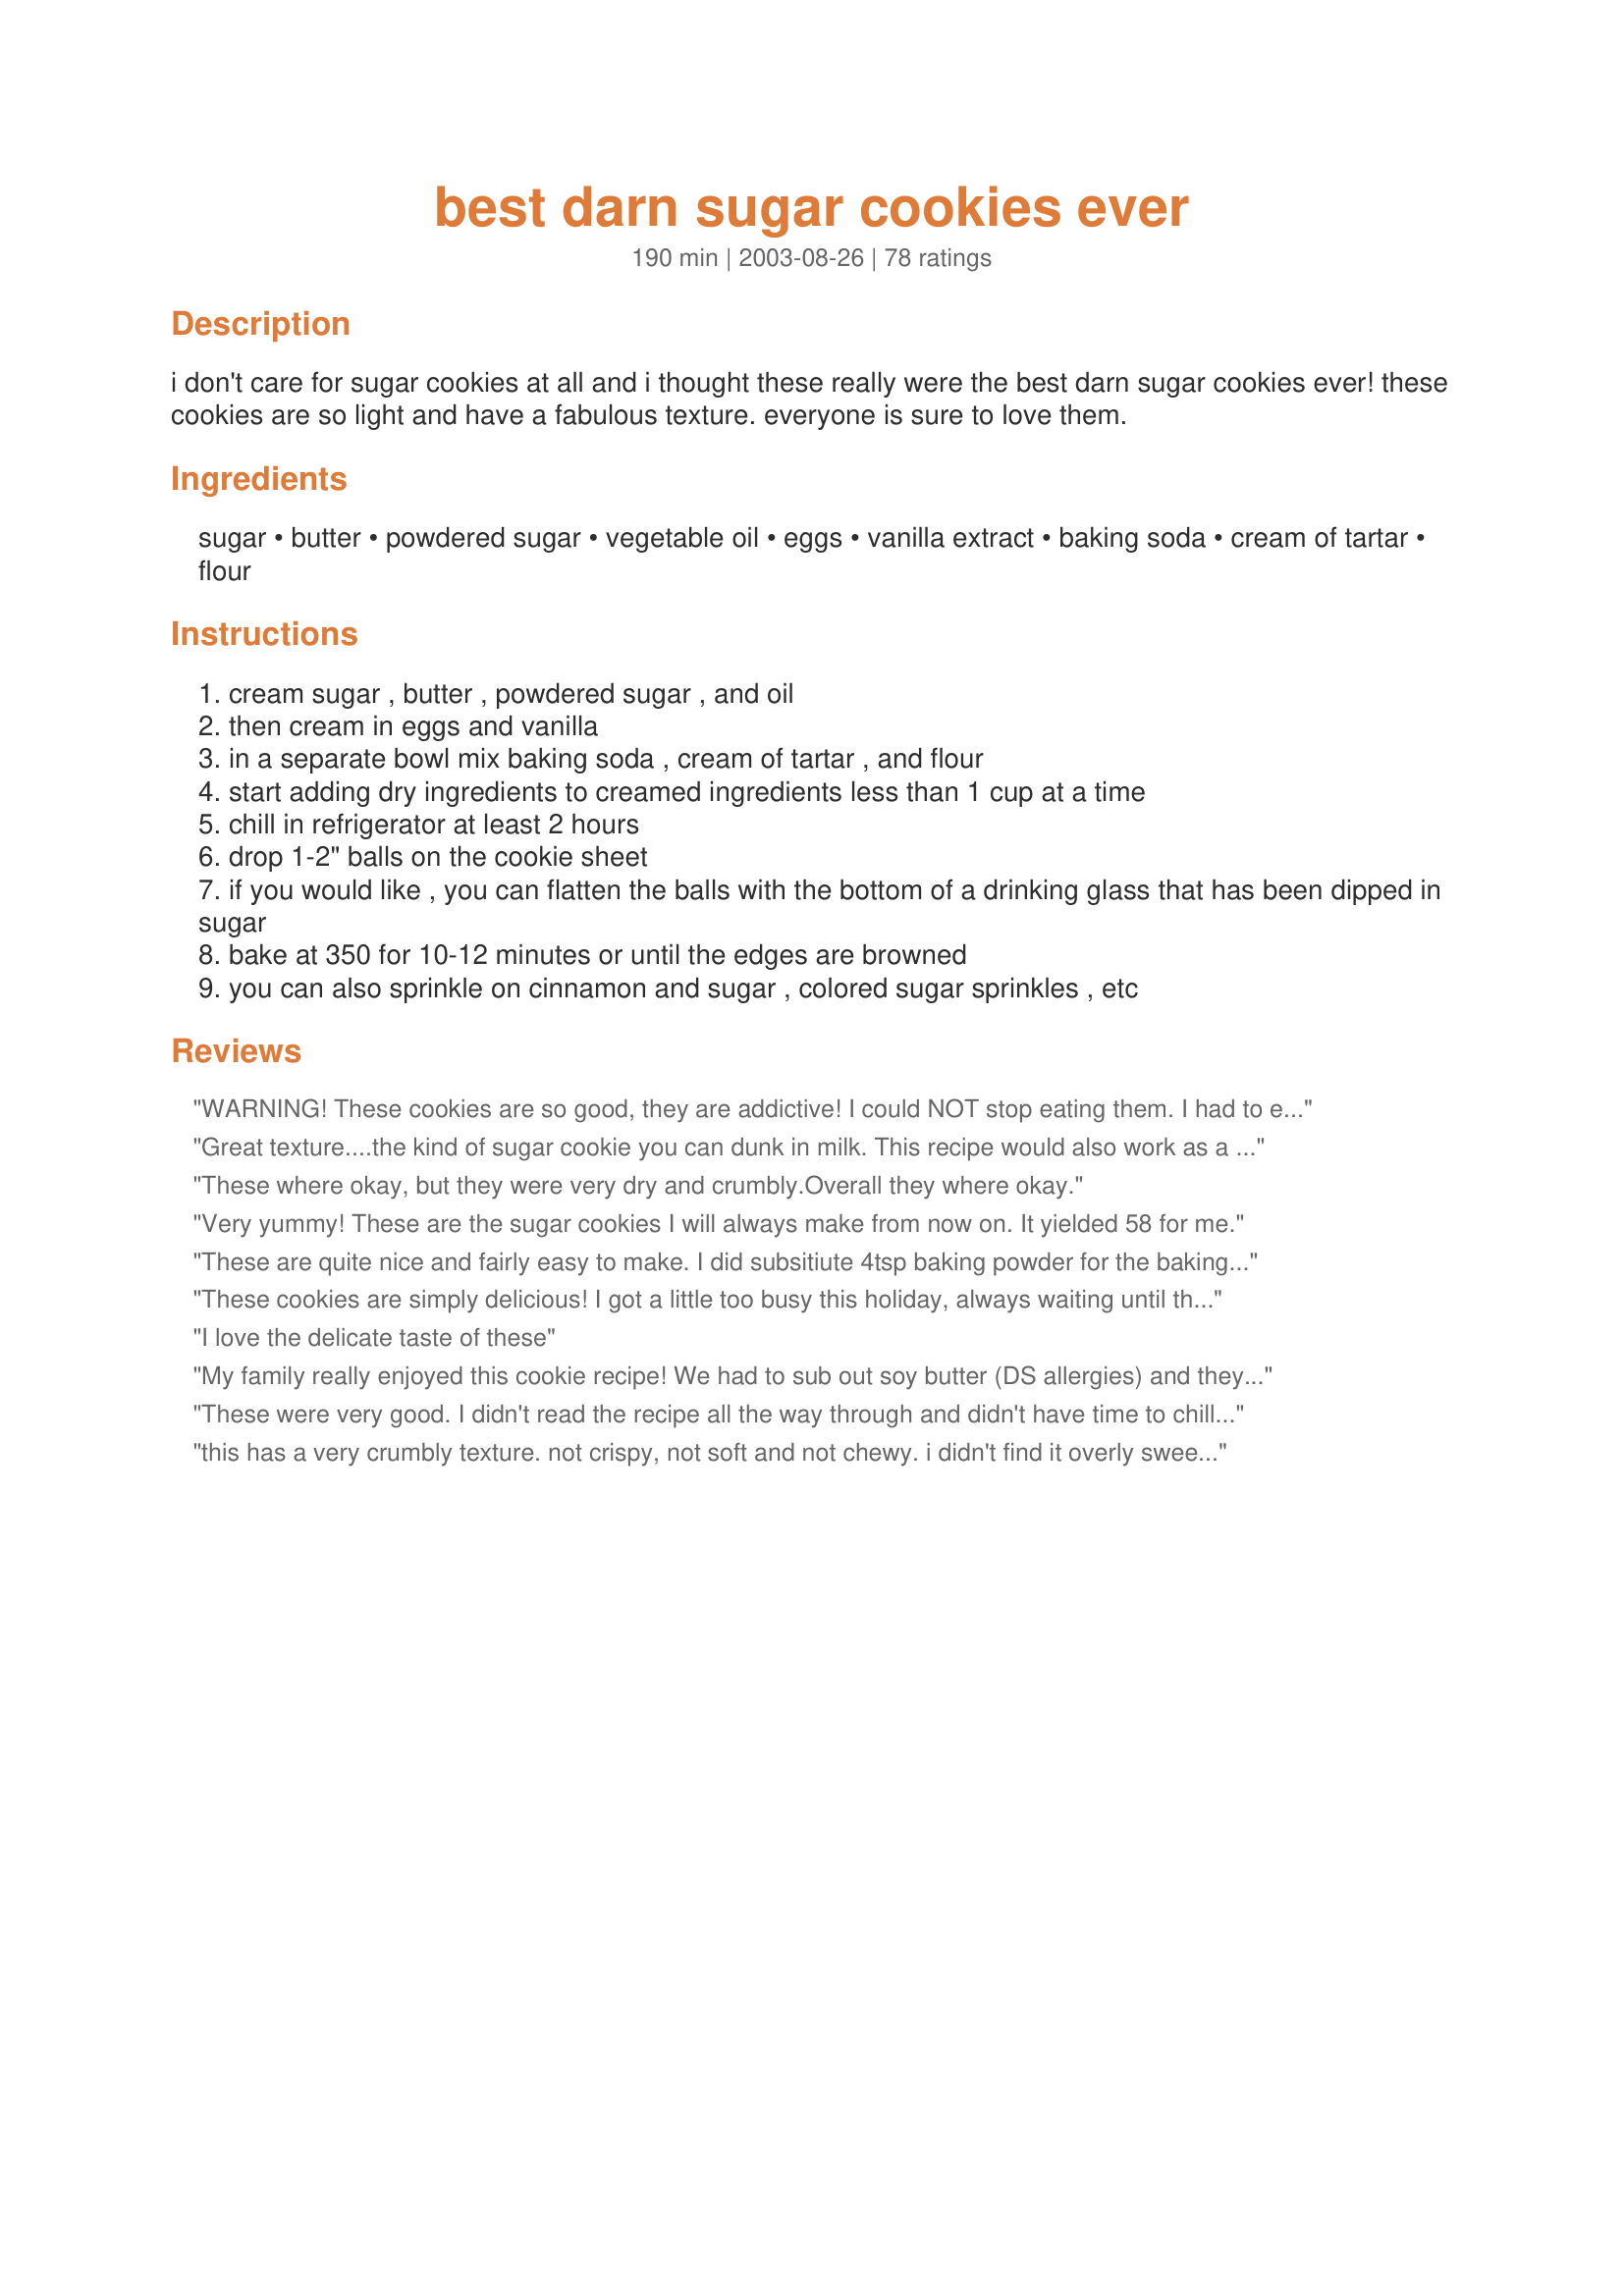
best darn sugar cookies ever
Preparation time: 190 minutes

i don't care for sugar cookies at all and i thought these really were the best darn sugar cookies ever! these cookies are so light and have a fabulous texture. everyone is sure to love them.

Ingredients:
sugar, butter, powdered sugar, vegetable oil, eggs, vanilla extract, baking soda, cream of tartar, flour

Steps:
cream sugar , butter , powdered sugar , and oil
then cream in eggs and vanilla
in a separate bowl mix baking soda , cream of tartar , and flour
start adding dry ingredients to creamed ingredients less than 1 cup at a time
chill in refrigerator at least 2 hours
drop 1-2" balls on the cookie sheet
if you would like , you can flatten the balls with the bottom of a drinking glass that has been dipped in sugar
bake at 350 for 10-12 minutes or until the edges are browned
you can also sprinkle on cinnamon and sugar , colored sugar sprinkles , etc

Reviews:
WARNING! These cookies are so good, they are addictive! I could NOT stop eating them. I had to end up giving some as presents, because if I hadn't, I would have ended up eating the entire batch!
All joking aside, they were just the right amount of sweet and made a lovely cookie with a cup of tea. It really DOES make a difference to refrigerate them before rolling and baking. Very easy to make. I used parchment paper to ensure that there was no sticking.
Great texture....the kind of sugar cookie you can dunk in milk. This recipe would also work as a pecan sandie.
These where okay, but they were very dry and crumbly.Overall they where okay.
Very yummy! These are the sugar cookies I will always make from now on. It yielded 58 for me.
These are quite nice and fairly easy to make. I did subsitiute 4tsp baking powder for the baking soda and tartar, as I've not had tartar in. If I was making these again I'd cream the butter and sugar first and then add the oil, as I found it harder to get lumps of butter out than I usually do. Although they are good cookies, my BF found the crumbly texture others liked to be a bit odd. It probably won't be something we'll make again, but that's purely down to personal tastes rather than any fault of the cookie.
These cookies are simply delicious! I got a little too busy this holiday, always waiting until the last minute to do things, that I forgot about the dough and came back two days later. It was wonderful, and actually the longer in the fridge, I think the better. Family enjoyed so much and I decorated them with colored sugar and they made a nice presentation on my cookie platters. Thank you so very much for sharing. May God truly bless you and yours!
I love the delicate taste of these
My family really enjoyed this cookie recipe! We had to sub out soy butter (DS allergies) and they still turned out good. (It's always scary to sub out soy butter in baking recipes) It's a very good base recipe. It's airy and has a gentle crispness to it. I took the base recipe and divided it into thirds. One third I tinted green and flavored w/ mint extract. I rolled it out, and covered it with 1/3 of regular dough. Rolled it up into a log and then cut into slices, to look like a green and white spiral. We topped some of the spiral cookies with crushed spearmint candies, some with a mix of crushed candies and green sugar, and some left plain. We took the last third of the dough and used a cookie scoop. Dipped the top into colored sugar for half, the other half of that batch we dipped the top in the little round parel things in red and green. This was a great cookie recipe that allowed me a wide variety of cookies with ease. I will definately make this cookie recipe again, although because the dough is sticky I wouldn't use it for shaped cookies. Thanks a bunch for sharing!
These were very good. I didn't read the recipe all the way through and didn't have time to chill the dough for more then 20 minutes but it didn't affect them at all. Definitely a keeper, thanks for posting.
this has a very crumbly texture. not crispy, not soft and not chewy. i didn't find it overly sweet at all. i actually sort of found it bland. maybe a little salt would've helped. but it was a hit w/ the kids and my 2 year old wont stop eating them. husband gives rates this 5 stars so w/ his and my rating in mind..it ends in 4. thanks for sharing!
Fantastic! These are buttery, not really soft but more like tender melt in your mouth type cookies. I actually experimented with the recipe to incorporate some Andes white chocolate peppermint baking bits. Just added the entire package, chilled as specified, baked at 350 for 8 minutes and they turned out perfect! I flattened the m slightly and would have to agree with the other reviewers - the less you flatten them the better they are! I'm giving some away to friends, and my husband and sons are happy to finish off whatever is left over!
My son said these were great! He loved them...we even tried the cinnamon I really liked that too.

I used lard instead of oil just because I had so much of it and I used egg replacer. Worked just fine!

I will make these again since my son has soo many allergies and it was pretty easy to make. Also they are like my mom's growing up..we never had chewy cookies. ;O) But if you make them a bit thicker they are not so crunchy and I loved that too!

Oh and we flattened them with a medal measuring cup. Used yellow sugar crystals. LOL...my son is on a sugar high right now...because he had so many cookies. LOL

Edited to say..the oil is much better
I was looking for a sugar cookes that didn't need to be rolled out and I picked this one. I'm so glad I did. I did flatten them with the sugar on the bottom of a glass trick, and it worked out perfectly. I made these for some gift baskets. I have added these to my repeat file. Thank you for sharing your recipe.
I love these! They are the only sugar cookies I make (I'm not good at the cut-out variety!) These simply melt in your mouth. Instead of vanilla I use 1 1/2 tsp. orange extract and I've worked my way up to 4 1/2 cups flour for the perfect dough. I chill the dough for 30 minutes for easier handling, and sprinkle with colored sugar before baking for the holidays. Yum!
I made these last night and added the nutmeg as another reviewer suggested. My hubby threw his in the trash after one bite. I like nutmeg in a lot of things, but these cookies are NOT one of them. Would have probably been good without that addition. I should have known better. Otherwise, were flaky, melt in your mouth and uniform in shape and color. Made them for a neighbor&#039;s 1st grade son to take to his teacher. I hope she doesn&#039;t flunk him. ;(
These cookies were JUST what I was looking for. They came out so light and delicious and did great with frosting. Thank you!
Oh my Gosh these were heavenly!! I have tried hundreds of sugar cookie recipes to find one that my mom loves, because she compares them to her fathers, which were a huge part of her childhood. He no longer remembers the recipe that he used when she was a kid, so I've tried and tested sooo many recipes, roll-out and non, ones with oil, ones without. None of them had "the right taste." When my mom bit into one of these, she started to tear up. These were FINALLY right! All 60 cookies were gone in a weekend, and everyone loved them. We gave some to my grandfather, and even he said they tasted just like his. He made me promise to copy the recipe and save it, so that I can have it when my grandchildren ask me. =] I cannot thank you enough, because by posting this recipe, you made our family very happy. :)
I was in a hurry and didn't have time to refridgerate so I added a half cup of powdered sugar- they still turned out wonderful. I added one tablespoon vanilla instead of a teaspoon because I love vanilla. I used a medium scoop and then flattened with a sugar bottomed glass so it made probably the 3 inch diameter cookies. They were not crispy but they did just melt in your mouth. Nice silky dough. I can imagine that the fridge time would just make them better!
Thanks for a great recipe!
Wow! I guess I was just expecting your run-of-the-mill chewy sugar cookie here, but...what a surprise! These seriously just melt/crumble away in your mouth! Superb!!!
These cookies are so light! I mixed the dough yesterday and refrigerated it over night. They came out wonderful. I flatted them with the bottom of a glass dipped in colored sugar. The glass was a cut glass with a star like design on the bottom, so pretty!
OH MY GOD!!!! These are simply awesome. Light and wonderful. Great texture that is good with just the light sugar coating from the glass being dipped into sugar. But these cookies can definitely support a modest application of a royal icing decoration. They do spread a bit more than the classic rolled (to be decorated) butter cookies, but these are far superior because they are not dense. I HIGHLY recommend these. Thanks Shannon.
Really not a big fan of sugar cookies at all... but my roommate wanted some, so I tried these out (so I wouldn't have to roll and cut and so forth!). They are excellent! Thanks so much! :-)
Yeah - these are good, really good! I hate big cake-like sugar cookies and these are nothing like that. And I don't like sugar cookies that are really condensed and chewy. These are more like shortbread sugar cookies and they are delish.
I have been using this recipe for years but just realized last night that I never reviewed them. PERFECT! Absolutely perfect sugar cookie. I have literally been using this very recipe for almost 10 years.
I made it one night with the intention of baking them afterwards, but got busy doing something else.. I put them in the freezer, wrapped in Stretchtight (plastic wrap) as logs.. I baked them last night after they sat in the freezer for a few days and they baked OK, but everyone thought they needed more sugar (I followed the recipe).. They were also a bit too crumbly, but that was probably from baking a few minutes too long.. Anyway, I've only done a partial batch in the oven and will do the rest, perhaps by rolling in sugar and letting them flatten out..
These cookies are truly one of the best sugar cookie recipes I've ever found! I didn't bother with refrigerating, too anxious. I used a one inch scoop, baked them for 10 minutes. The texture is beautiful, kind of like a Lorna Doone, but softer. I'm going to try these refrigerated and as a cut out cookie, but they are fantastic just plain without any toppings! Thank you!
For heavens sake go buy some.
These sugar cookies are very, very, good! They are soft, light, and rich. I also flattened the cookie with a glass dipped in sugar and cinnamon. Yum, yum!
These cookies are addicting!! They are the best cookies I have ever eaten. Everyone that tried them LOVED them. Thank you for the great recipe. I'll be making these for years to come.
I love sugar cookies and these were great! I made half batch and found the dough to be very soft (maybe because I mixed in food processor). I dropped by nicely rounded teaspoon instead of rolling in balls. Some I did plain and some I put sprinkles on. From the half batch I got 38 cookies.

The drop method worked fine for an every day cookie; however, I think I would roll into the balls and flatten some for the holiday tray. I can imagine these would be very pretty with a swirl of frosting and the sprinkles or colored sugar.
Delicious! I am not a hard sugar cookie fan and this sounded interesting. My girls wanted to make sugar cookies for Santa and they helped me choose this recipe. It is a very forgiving recipe... despite two seperate mishaps when mixing the dough (my younger son helping)- the cookies still turned out great. They are not soft like lofthouse cookies, they sort of disintegrate... There were plenty of cookies to share with others even though we ate the first two trays almost as soon as they came out of the oven! :) I really liked how easy it was for the girls to roll the cookies and lightly flatten them with a glass. Very child friendly. I'm going to buy some colored sugar the next time I go to the store so they will be prettier the next time we make them! (and there will be a next time!) Thanks for sharing. These definitely live up to their name.
These were quite tasty, but to me they're very untraditional in flavour and execution. Still, they're easy to make, cake-like, and delicious. Not so great for packing with gift boxes and etc., but tasty for home consumption.
Excellent cookie and it stays moist. Add salt though if you are using unsalted butter.
Superb! These are light, delicious, and elegant. Great base recipe that you can add many flavors or spices to. I added vanilla paste and orange zest. Simply wonderful result.
These are the only kind of sugar cookie I will make from now on! Mixed up the dough before going to a party so it could chill. Make sure you put the dough back in the refrigerator between use, as it warms up fast and is too sticky. I rolled mine into 1" balls and flattened slightly with the bottom of a buttered glass dipped in colored sugar. Everyone LOVED them. Said they were, "crumbly" in their mouths. They melted in my mouth - every single one that I ate!
I was very impressed with how these cookies turned out. They are definitely one of the best sugar cookies I've ever had. I wasn't impressed with the icing I used for them, but I will definitely be making these again in the future. Thanks for the great recipe!
These are an excellent sugar cookie. However, your yield amount is way off. I got 64 very large cookies. I wondered when I saw the 4 plus cups of flour. I will certainly make these again.
This recipe was exactly what I was looking for. I wanted a soft, tasty, sugar cookie that we could decorate for Easter, but didn't want to mess with rolling/cutting out dough. I made the dough in advance, chilled it for several hours, and then rolled the cookies into oval shaped balls to make Easter eggs. I flattened them very slightly, and baked them for about 12 minutes. After cooling on a wire rack, we frosted them with the basic Betty Crocker vanilla frosting. The cookies stayed really soft, which I really liked. Even the people in my family who prefer to eat the dough were impressed with this recipe.
These cookies are awesome. They were such a hit that I had to make another batch to use in my cookie tins to give away. The taste is just great, when I first read that I had to let it sit in the fridge for 2 hours I thought what a hassle but they are soooo worth it. Thank you so much Shannon for sharing this great recipe.
Really good, perfect texture, but far too sweet. I was a bit surprised there was no salt in this recipe.
I LOVE these cookies!! Fabulous flavor and texture. I made them with Earth Balance buttery spread as I have lactose sensitivites and butter is too rich. I halved the recipe, added a splash of almond extract, and coated cookies in sparkling sugar before popping them into the oven. Next batch, I'll dip half cookie in chocolate, other half, apricot glaze. Thank you for this great recipe. Baking time was just right.
I just made my first batch of these. Very good, very nice and soft...I'll make these when I don't want(or need) a rolled sugar cookie. Thanks!
I'm not a big sugar cookie fan either, but I just loved these! They have such a light sweetness about them, and light texture. I originally made them in order to use up some frosting in my fridge, BUT they were so good, I didn't even bother eating them with frosting, heh.
These cookies just melt in your mouth. I had to substitute brown sugar for white and it gave them an oh-so-good malty flavour. I added green food color to them and cut them into clover shapes for St. Patrick's Day (sorry took so long to review) Thanks for the awesome recipe Shannon! :)
The name says it all. Quick, easy, and they taste just like Grandma's!
These were pretty good, I made these and put a buttercream frosting on them (the only way to have a cookie!)
The first batch in the oven seemed a bit under cooked, the next batch was too done:) The last batch was PERFECT! I'm amazed that the texture is so great and yet they don't crumble easily, great for gifts/packages going through the mail! I made mine with only changing the plain granulated sugar to brown sugar, might add some frosting for an extra sweetness.
They were pretty good but they were crumbly.
Thank you for sharing your lovely recipe. These sugar cookies were awesome. I took them to a family get together and they were well received... none left for the hostess at the end of the day. The kids were taking them two at a time. Made for What's on the Menu? Tag game.
Found these in one of my antique cookbooks years ago and have been making them for 20 years ever since. The recipe works for cookie pizzas, fancy iced, or just plain out of the oven...these are just that good! I was happy to see them here. Watch your measurements. For those of you that find them dry, you are not sifting or lightening your flour before adding or perhaps your home is dry. Flour varies in density. Eggs also can be the culprit if you didnt have the correct size on hand. Try adding a few tablespoons of a beaten one. For those that found them greasy, real butter MUST be used and is non negotiable. These are Fabulous! Thanks for posting so I dont have to slog through my many books. :)
I've tried quirt a few sugar cookie recipes. This one is easy to make, very light, and really delicious. No more dreading the Sugar cookies at Christmas time for me anymore! I highly recommend this recipe.
Your right! These are the best sugar cookies ever. I HATE sugar cookies but I made these with my step daughter for Christmas. I found myself sneaking one every time I went into the kitchen. They're more like a butter cookie than a sugar cookie. However, I tried to roll them and cut them out but that was a disaster. It turned into a greasy mess so I opted to just make them into balls. My BF is already asking me to make them again.
I dont think that these tasted much like anything. The first batch I dipped in sugar. The rest of the batches I did make I rolled in sugar before baking and I also flattened them out a tad. Didnt finish baking the rest. I wished I only made half the batch and not wasted so much flour and time. I will look for another sugar cookie.
incredible!!! what a great cookie!
Delicious! I didn't look the directions over completely - oops! So they were mixed and baked without refrigeration. They turned out just great! I halved the recipe but wish I hadn't... just wonderful! I will be making these regularly! Thanks for posting Shannon!
This is probably the best sugar cookie recipe I have ever made, and I make a LOT of cookies every year at Christmas. I made some with colored sugar on top, I made some with icing on top and I left some just plain....all equally delicious! I prefer them plain. But they were a BIG hit with everyone who tried them. These will definately be the ONLY sugar cookies in my cookie tins from now on. Thank you so much for a wonderful recipe.
These were fine tasting but seem quite crumbly. I do not believe I over baked them. They have a light airy texture...sort of melt in your mouth. Unfortunately it's not the texture I was going for. Perhaps adding more flavoring would also help. Someone mentioned making these a pecan sandie would be nice -- I concur. They do sort of remind me of the pecan sandies you can buy, but without the pecans. I'll give them "good" rating as they are good to taste -- how couldn't it be as it's a cookie. But I do not think they're "very good" due to the texture. And I do not think they are excellent for a sugar cookie. I have tried many recipes for sugar cookies, and I personally prefer more chewy cookies.
Light and tasty. Easy to make. Good for frosting at Christmas. Thanks!
I made them exact, per instructions and wow, these were so good! We loved them! I added green sugar crystals and red sugar crystals to top them off after I flattened them with the bottom of a white sugared glass. They came out so wonderful! These are soft, light and airy in your mouth and so perfect. I baked mine for an exact 9 min and 30 seconds and that made them perfect. I let them cool on the cookie sheet for a couple minutes then I moved them to the cooling racks to finish cooling. This is a keeper for year round treats and special holiday treats. I will make them again and again! Thanks so much for posting this recipe!
These cookies are delicious! I flattened them with a glass with sugar on the bottom. Soooo good with a cold glass of milk!
Fabulous crispy cookies; just the way I like them! I am the world's laziest cook though so I just dumped everything in one bowl and it came out beautifully. I also did not chill for two hours, only for thirty minutes and returned it to the refrigerator in between batches. I will definitely make these again.
These are the best sugar cookies I've had in a long time. I'm not much of a cook or baker, but my coworkers think otherwise now that I've brought these in. These cookies were a hit at home, with my friends, and at work. I bought a medium size cookie dough scoop so that the cookies are more uniform in size and so I don't make as much of a mess like I did with the first batch. I rolled the ball in sugar before flattening it with the sugar-coated glass bottom. Thanks for sharing this recipe.
Love these cookies. Not sure how they would be if you tried to roll them out and use cookie cutters as the dough seemed very soft. I just dropped them on the pan, didn't have time to chill and they turned out wonderful!
I love sugar cookies and these were delicious and addictive! This made enough dough to bake several fresh batches for a few days which was a real treat. These turned out relatively thin and somewhat crispy on the edges for me and took only about 7-8 mins in my oven (I thought if did smaller 1" balls I wouldn't eat as much - yeah right :). I was skeptical about the lack of salt in the recipe, but I didn't really notice a difference (I wondered if the original recipe used salted butter) - anyway, I simply served these as drop cookies without any additional sugar and they were wonderful - the kids loved them. If you're looking for a simple drop sugar cookie, try this - just plan ahead so you can refrigerate! Thank you Shannon!
I just emailed my dad for this recipe today. My great grandma makes these cookies, and they are melt in your mouth good!! She calls them "darn good cookies." The only difference in her recipe is that she has 1 tsp of salt too. Can't wait to make them tomorrow!
I made these cookies as my hundreth attempt at trying to find a good sugar cookie recipe. They are not as moist as i would have liked But VERY good. surely a keeper. Will make again.
*also i found them better when they were not flattened all the way. i made them in different stages of "flatness" and found them best when flattened just a little..THANKS!
These are simply the best darn sugar cookie DH and I have ever eaten!! I divided up the dough in 1/4's then rolled it in saran wrap to make tubes. I still have a tube frozen for later :)
We decorated ours with cherries and Christmas goodies before baking!
Thank you Shannon for a wonderful recipe!!
I don't care for cookie making as it's fiddly and boring to me, but these were very quick and simple to make. The cookies were light, crisp, and with a lovely flavor, being neither too sweet nor too bland.

I made half plain, and half with sugared pecan halves pressed onto the tops prior to baking. Both types were greeted with joy by the eaters.

The taste and texture improves if they're kept in tightly sealed containers for a couple of dsys.

Definitely a keeper recipe!
Absolutely delicious! Definitely one of the best sugar cookies I have ever made (and I have tried many different recipies). I will be making these again for sure!
Shannon, I don't know about the best darned sugar cookies ever, but the are the best I have ever made. I made them for an Elementary School Dance. I didn't roll them and cut, I made balls and flattened them with a sugared glass. Then I frosted and decorated them with sprinkles. I haven't taken them to the dance yet but I know the kids will love them. Thanks for posting such a good recipe. Sue
Easy, Tasty and fun to make. I left the dough in the frig. for at least a hour and only took what I needed to fill a cookie sheet at a time. Was very easy to roll out and cut. This is a keeper. Thanks
This recipe is from aSouthern Living Cookbook. I have used it for 10 years. I added a teaspoon of nutmeg to the recipe to make them taste like my grandmother's drop sugar cookie, but better. If you are in a hurry and don't have time to refrigerate, drop a cookie scoop full of dough into colored sugar. Use your fingers to roll just the bottom of the scoop of dough. With your fingers again, pick up the ball of dough and invert it onto a parchment covered cookie sheet. Press cookie down a little with the bottom of a water glass. Plenty of sugar gets coated on the top of the cookie and little or none is on the cookie sheet. Makes perfectly round cookies very uniform in size. Never like a sugar cookie before but when looking through the Southern Living Cookbook, the ingredients of oil, powdered sugar, and cream of tartar interested me. I was not disappointed and neither are family or friends that I bake for. Enjoy. the added nutmeg makes them over-the-top!
Wonderful, wonderful! I was so pleased with these beautiful and delicious cookies- they look like they are professionally baked! I made 1 1/2 x the recipe- the resulting dough was much too soft and sticky. I added more flour and the dough tasted bland and floury. So I dumped in more powdered sugar until the dough tasted good! Yet they still turned out wonderful! Chilled the dough overnight. I used a large cookie scoop, dipped them in sprinkles, and didn't flatten before baking. They spread and flatten quite a bit in the oven. The final product is just a bit greasy, so I would like to try decreasing the oil next time. GREAT recipe!
Wow, what wonderful sugar cookies. Perfectly shaped and just melt in your mouth. Thank you for sharing your recipe.
These sugar cookies were awesome.I have been making cookies for over 50 years and these were some of the best cookies I've ever made. I rolled the balls in sugar and flattend them with a small glass dipped in sugar. I frosted the cookies with a powered sugar frosting and put Christmas colored sprinkles on them. Thanks for the great recipe.
This is a wonderful recipe!
The cookies turned out so light and crisp... This is the best sugar cookie I have ever had.
I did however make two changes:
1- I used avocado oil - there was no hint of it in the cookie
2- I did not refrigerate the dough... I just couldn&#039;t... I must have cookies now! I used my cookie scoop and pressed them with a glass dipped in colored sugar

Such a great cookie recipe... I know I will be making these many many times
These are the worst cookies I have ever eaten. They are so dry and crumbly. Total waste of butter sugar and rest of ingredients. I made these for holiday gathering. So embarrassed. Dont waste your time.
These were pretty good but I gave 
3 stars because they were not soft & chewy. I will try another sugar cookie recipe.
